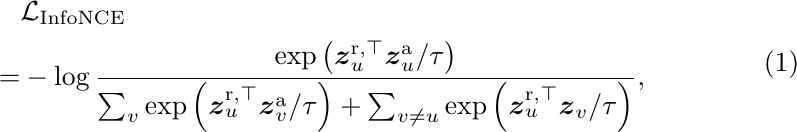
\begin{equation}
\begin{aligned}
&\mathcal{L}_{\text {InfoNCE }} \\
=& - \log \frac{\exp \left(\boldsymbol{z}_u^{\mathrm{r},\top} \boldsymbol{z}_u^{\mathrm{a}} / \tau\right)}{\sum_v \exp \left(\boldsymbol{z}_u^{\mathrm{r},\top} \boldsymbol{z}_v^{\mathrm{a}} / \tau\right)+\sum_{v \neq u} \exp \left(\boldsymbol{z}_u^{\mathrm{r},\top} \boldsymbol{z}_v / \tau\right)},
\end{aligned}
\end{equation}